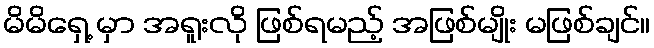
မိမိရှေ့ မှာ အရူးလို ဖြစ်ရမည့် အဖြစ်မျိုး မဖြစ်ချင်။